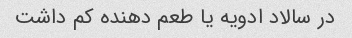
در سالاد ادویه یا طعم دهنده کم داشت